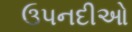
ઉપનદીઓ